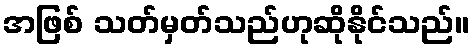
အဖြစ် သတ်မှတ်သည်ဟုဆိုနိုင်သည်။